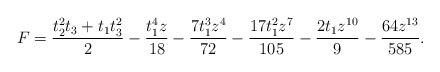
LaTeX: \begin{align*}F=\frac{t_2^2t_3 + t_1t_3^2}{2} - \frac{t_1^4z}{18} -\frac{7t_1^3z^4}{72} - \frac{17t_1^2z^7}{105} - \frac{2t_1z^{10}}{9} - \frac{64z^{13}}{585}.\end{align*}